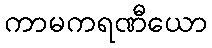
ကာမကရဏီယော